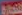
التجارة